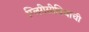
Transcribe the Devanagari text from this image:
ग्लिरीसीडियाची